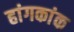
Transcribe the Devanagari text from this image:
हांगकांक